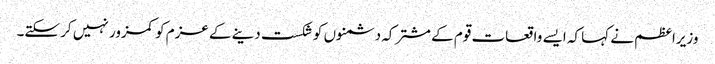
وزیراعظم نے کہا کہ ایسے واقعات قوم کے مشترکہ دشمنوں کو شکست دینے کے عزم کو کمزور نہیں کر سکتے۔